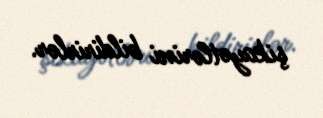
şikayətlərini bildirirlər.